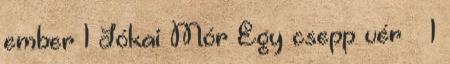
ember 1 Jókai Mór Egy csepp vér – 1